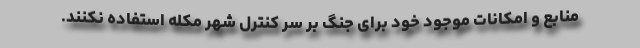
منابع و امکانات موجود خود برای جنگ بر سر کنترل شهر مکله استفاده نکنند.